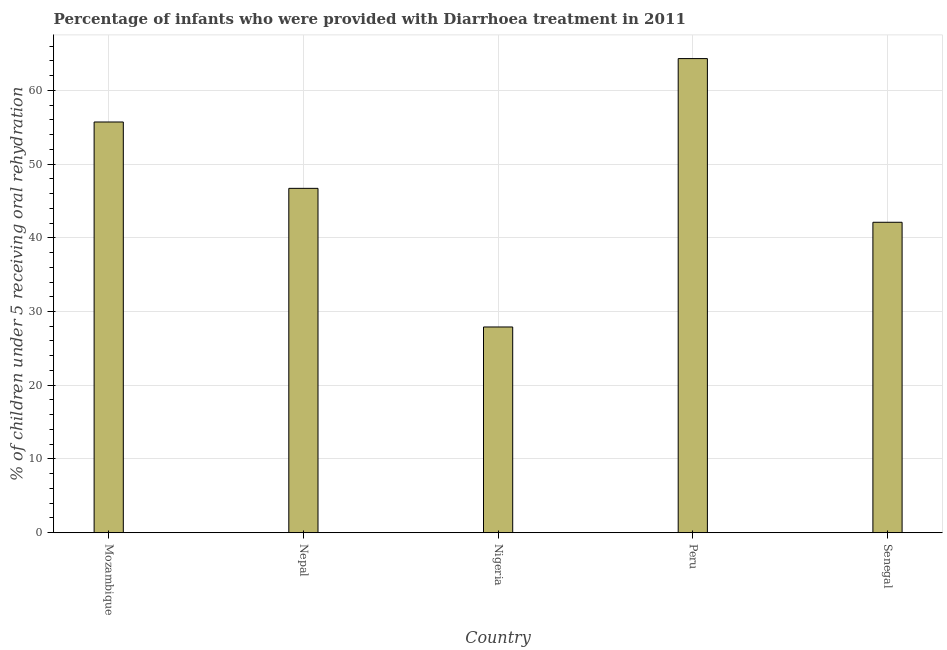
| Country | Diarrhea treatment |
 | --- | --- |
 | Mozambique | 55.7 |
 | Nepal | 46.7 |
 | Nigeria | 27.9 |
 | Peru | 64.3 |
 | Senegal | 42.1 |